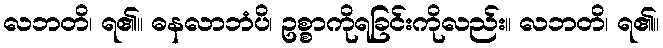
လဘတိ၊ ရ၏။ ဓနလာဘံပိ၊ ဥစ္စာကိုရခြင်းကိုလည်း။ လဘတိ၊ ရ၏။